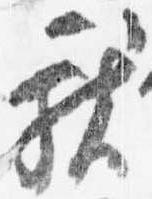
献